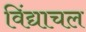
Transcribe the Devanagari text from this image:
विंद्याचल